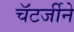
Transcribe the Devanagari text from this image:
चॅटर्जीने